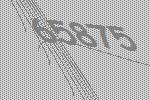
65875